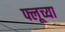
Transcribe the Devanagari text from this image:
फ्लूच्या